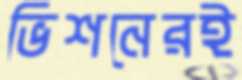
ভিশনেরই